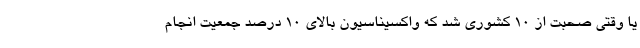
یا وقتی صحبت از 10 کشوری شد که واکسیناسیون بالای 10 درصد جمعیت انجام